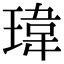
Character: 瑋